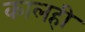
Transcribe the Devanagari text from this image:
कालही